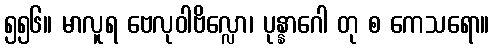
၅၅၆။ မာလူရ ဗေလုဝါဗိလ္လော၊ ပုန္နာဂေါ တု စ ကေသရော။